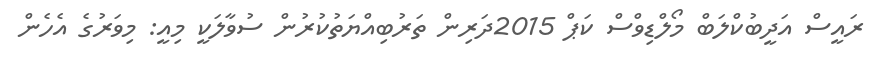
ރައީސް އަދީބުކްލަބް މޯލްޑިވްސް ކަޕް 2015ދަރިން ތަރުބިއްޔަތުކުރުން ސުވާލަކީ މިއީ: މިވަރުގެ އެހެން